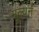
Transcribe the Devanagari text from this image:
मूल्‍यन